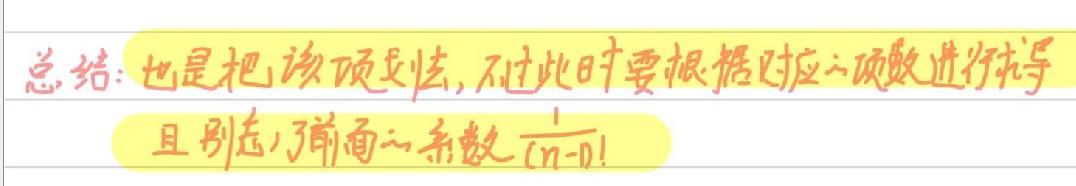
总结：也是把该项划去，不过此时要根据对应的项数进行求导，且别忘了前面的系数$\frac{1}{(n - 1)!}$